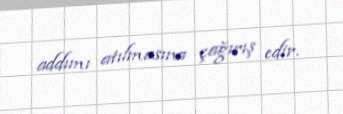
addımı atılmasına çağırış edir.